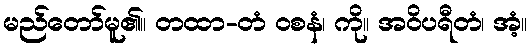
မည်တော်မူ၏။ တထာ-တံ ဝစနံ၊ ကို။ အဝိပရီတံ၊ အံ့။